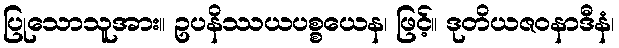
ပြုသောသူအား။ ဥပနိဿယပစ္စယေန၊ ဖြင့်။ ဒုတိယဇဝနာဒီနံ၊